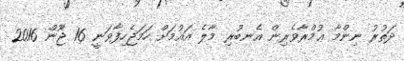
ދަތުރު ނިންމާ ޢުމްރާވެރިން އެނބުރި މާލެ އައުމަށް ހަމަޖެހިފާވަނީ 16 ޖޫން 2016